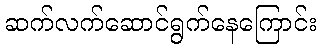
ဆက်လက်ဆောင်ရွက်နေကြောင်း